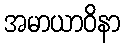
အမာယာဝိနာ